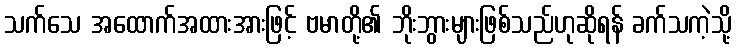
သက်သေ အထောက်အထားအားဖြင့် ဗမာတို့၏ ဘိုးဘွားများဖြစ်သည်ဟုဆိုရန် ခက်သကဲ့သို့